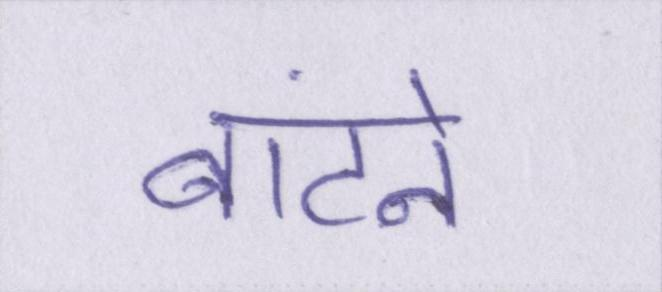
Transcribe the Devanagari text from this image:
बांटने